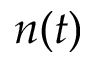
n ( t )